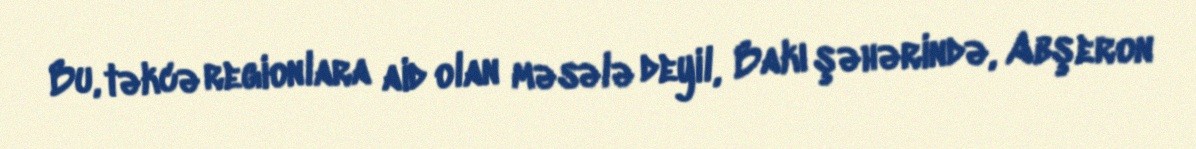
Bu, təkcə regionlara aid olan məsələ deyil, Bakı şəhərində, Abşeron